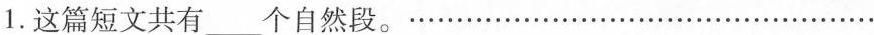
1.这篇短文共有___个自然段。`````````````````````````````````````````````````